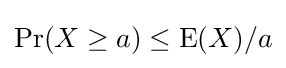
\Pr(X\geq a)\leq \operatorname {E} (X)/a